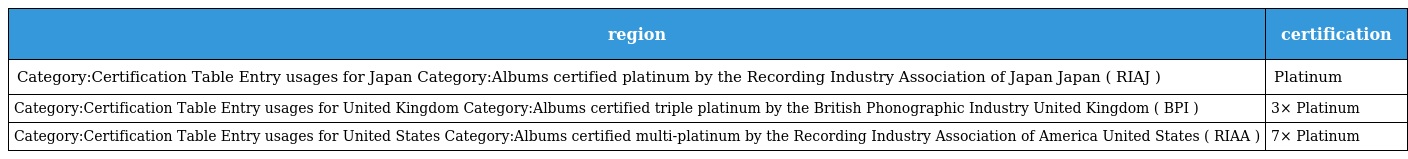
| region | certification |
 | --- | --- |
 | Category:Certification Table Entry usages for Japan Category:Albums certified platinum by the Recording Industry Association of Japan Japan ( RIAJ ) | Platinum |
 | Category:Certification Table Entry usages for United Kingdom Category:Albums certified triple platinum by the British Phonographic Industry United Kingdom ( BPI ) | 3× Platinum |
 | Category:Certification Table Entry usages for United States Category:Albums certified multi-platinum by the Recording Industry Association of America United States ( RIAA ) | 7× Platinum |